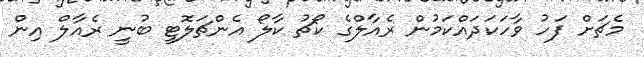
މެޗަށް ފަހު ވާހަކަދައްކަމުން ރެއާލްގެ ކޯޗު ކާލޯ އެންޗަލޮޓީ ބުނީ ރެއާލް އިން